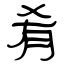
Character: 肴